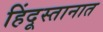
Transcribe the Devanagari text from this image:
हिंदूस्तानात